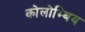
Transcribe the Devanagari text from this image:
कोलोम्बिय